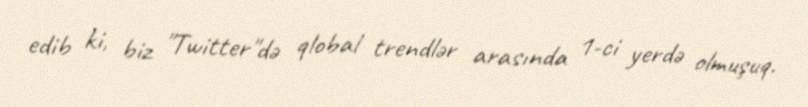
edib ki, biz "Twitter"də qlobal trendlər arasında 1-ci yerdə olmuşuq.